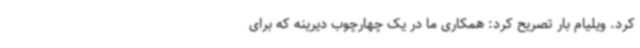
کرد. ویلیام بار تصریح کرد: همکاری ما در یک چهارچوب دیرینه که برای